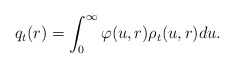
\begin{align*}q_t(r)=\int_{0}^{\infty}\varphi(u,r)\rho_t(u,r)du.\end{align*}